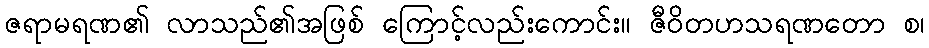
ဇရာမရဏ၏ လာသည်၏အဖြစ် ကြောင့်လည်းကောင်း။ ဇီဝိတဟသရဏတော စ၊